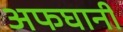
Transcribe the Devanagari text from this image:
अफघानी